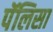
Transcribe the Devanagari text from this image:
पॅलिसा